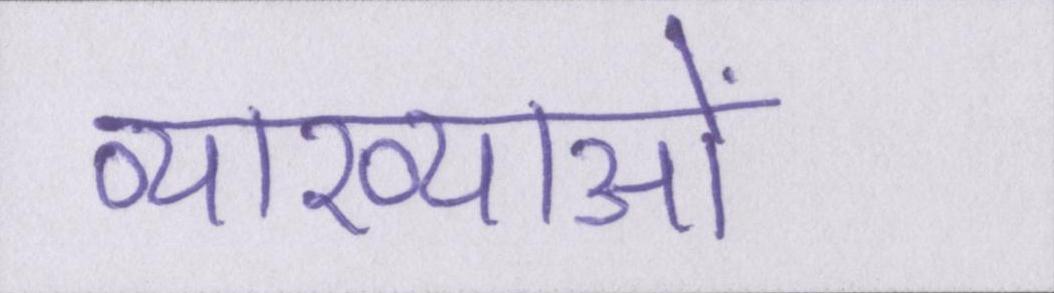
व्याख्याओं